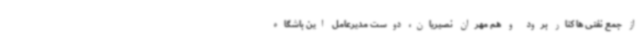
از جمع نفتی ها کنار برود و هم مهران نصیریان، دوست مدیرعامل این باشگاه